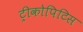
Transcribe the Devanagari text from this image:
ट्रीकोपिटिस